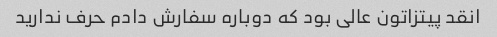
انقد پیتزاتون عالی بود که دوباره سفارش دادم حرف ندارید